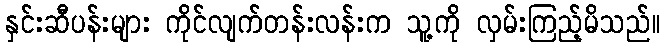
နှင်းဆီပန်းများ ကိုင်လျက်တန်းလန်းက သူ့ကို လှမ်းကြည့်မိသည်။